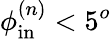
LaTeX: \phi_{\mathrm{in}}^{(n)}<5^{o}